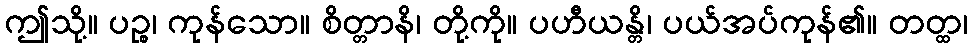
ဤသို့။ ပဉ္စ၊ ကုန်သော။ စိတ္တာနိ၊ တို့ကို။ ပဟီယန္တိ၊ ပယ်အပ်ကုန်၏။ တတ္ထ၊